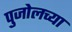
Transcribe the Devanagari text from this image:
पुजोलच्या